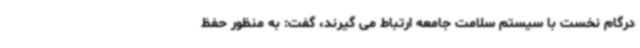
درگام نخست با سیستم سلامت جامعه ارتباط می گیرند، گفت: به منظور حفظ